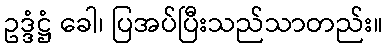
ဥဒ္ဒံဋ္ဌံ ခေါ၊ ပြအပ်ပြီးသည်သာတည်း။